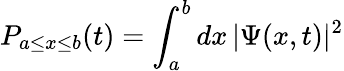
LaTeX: P_{a\leq x\leq b}(t)=\int_{a}^{b}dx\, |\Psi(x,t)|^{2}